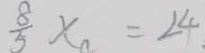
\frac { 8 } { 5 } x _ { 4 } = 2 4 .